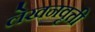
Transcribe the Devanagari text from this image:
लेखनवृत्ती